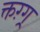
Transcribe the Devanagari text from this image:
क्तग़्ग्र्